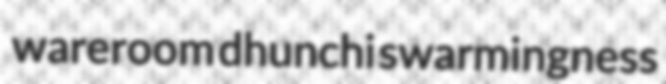
wareroom dhunchi swarmingness